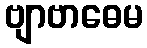
ဗျာဗာဓေမ